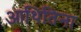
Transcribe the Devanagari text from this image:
आथितिना